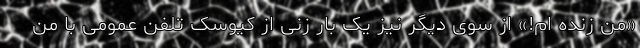
«من زنده ام!» از سوی دیگر نیز یک بار زنی از کیوسک تلفن عمومی با من